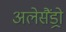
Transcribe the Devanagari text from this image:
अलेसैंड्रो